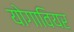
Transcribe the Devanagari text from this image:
योगावियर